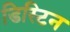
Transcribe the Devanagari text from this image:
डिस्टिन